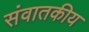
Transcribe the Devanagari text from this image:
संवातकीय